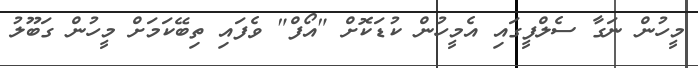
މީހުން ނަގާ ސެލްފީގައި އެމީހުން ކުޑަކޮށް "އޯފް" ވެފައި ތިބޭކަމަށް މީހުން ގަބޫލު